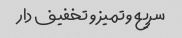
سریع و تمیز و تخفیف دار